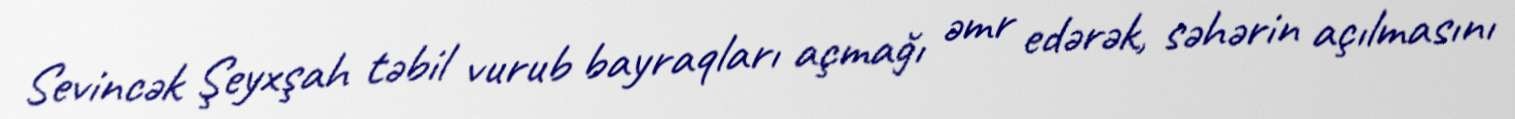
Sevincək Şeyxşah təbil vurub bayraqları açmağı əmr edərək, səhərin açılmasını